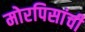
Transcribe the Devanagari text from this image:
मोरपिसांची